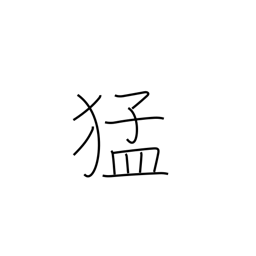
Meaning: strength